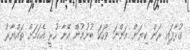
ގުޅާފައި ރަން ކިޔަން އަންނަ ވާހަކަ ބުނުމުން އޭނާ ހުރީ އެކަމަށް ތައްޔާރު